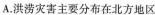
A.洪涝灾害主要分布在北方地区